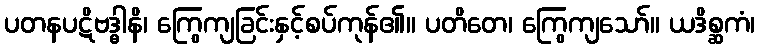
ပတနပဋိဗဒ္ဓါနိ၊ ကြွေကျခြင်းနှင့်စပ်ကုန်၏။ ပတိတေ၊ ကြွေကျသော်။ ယဒိစ္ဆကံ၊